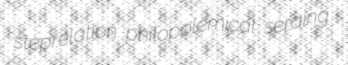
steprelation philopolemical seraing